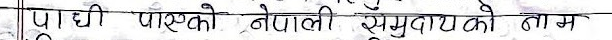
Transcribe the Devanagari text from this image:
पाधी पाएको नेपाली समुदायको नाम